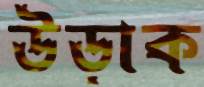
উড়াক